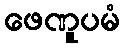
ဖေဏူပမံ